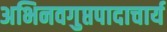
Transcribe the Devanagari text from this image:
अभिनवगुप्तपादाचार्य